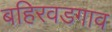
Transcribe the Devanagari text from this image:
बहिरवडगाव